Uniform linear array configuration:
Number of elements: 16
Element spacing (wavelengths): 0.25
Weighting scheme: hann
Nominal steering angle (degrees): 15
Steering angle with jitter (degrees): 14.967
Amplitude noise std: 0.05
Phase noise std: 0.05

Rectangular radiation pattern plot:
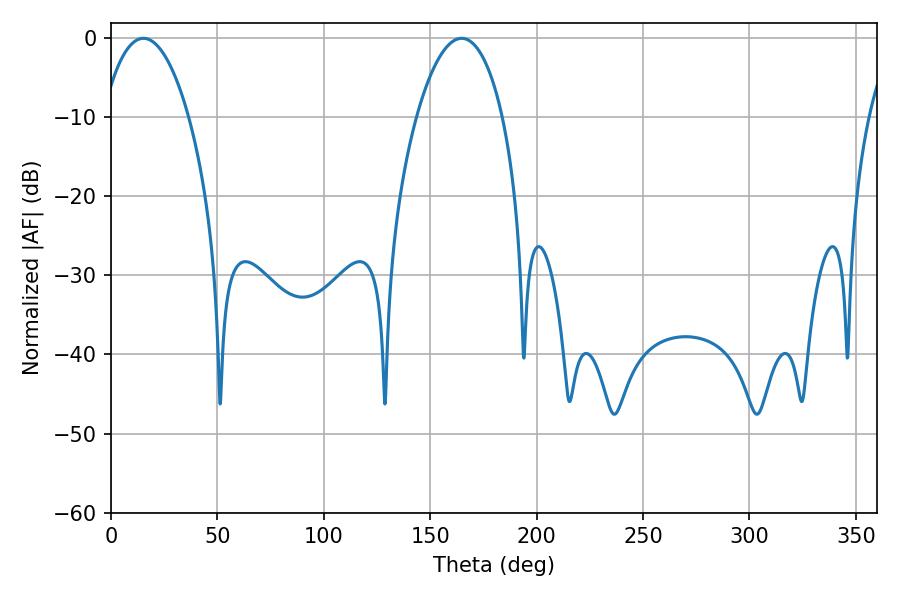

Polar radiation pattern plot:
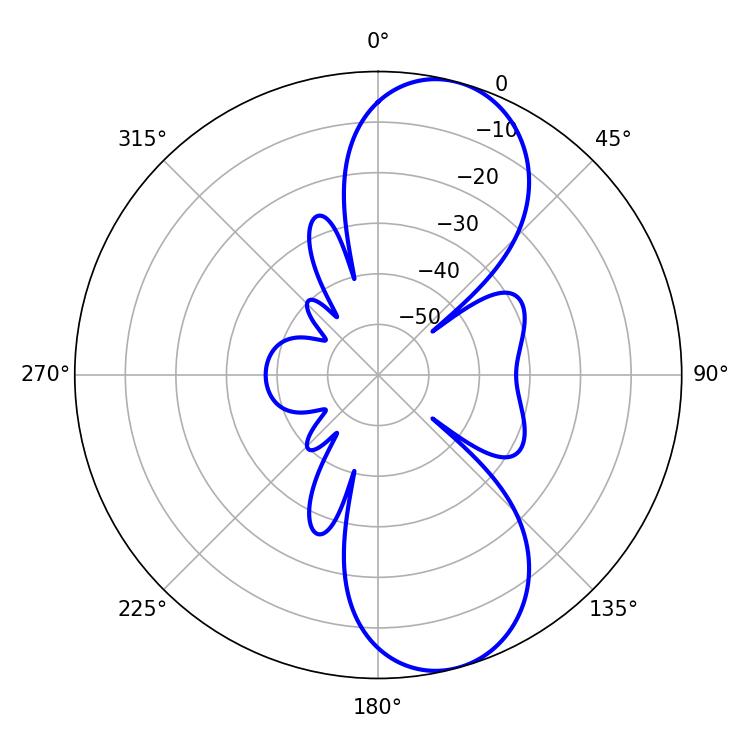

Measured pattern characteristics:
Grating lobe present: FALSE
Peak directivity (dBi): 9.461
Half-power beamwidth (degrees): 22.5
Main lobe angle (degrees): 15.3